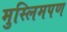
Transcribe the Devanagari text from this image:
मुस्लिमपण